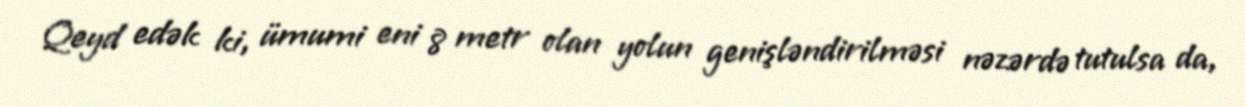
Qeyd edək ki, ümumi eni 8 metr olan yolun genişləndirilməsi nəzərdə tutulsa da,